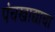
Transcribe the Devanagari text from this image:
पंचखाद्याचा